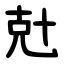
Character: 兙